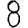
Digit: 8